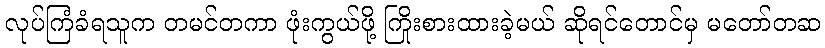
လုပ်ကြံခံရသူက တမင်တကာ ဖုံးကွယ်ဖို့ ကြိုးစားထားခဲ့မယ် ဆိုရင်တောင်မှ မတော်တဆ